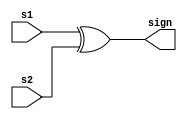
module findSign(output sign,input s1,input s2);
    assign sign = s1^s2;
endmodule